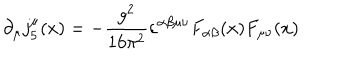
LaTeX: \partial _ { \mu } j _ { 5 } ^ { \mu } ( x ) = - \frac { g ^ { 2 } } { 1 6 \pi ^ { 2 } } \varepsilon ^ { \alpha \beta \mu \nu } F _ { \alpha \beta } ( x ) F _ { \mu \nu } ( x )